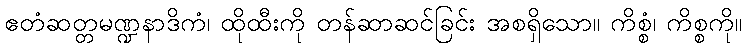
ဧတံဆတ္တမဏ္ဍနာဒိကံ၊ ထိုထီးကို တန်ဆာဆင်ခြင်း အစရှိသော။ ကိစ္စံ၊ ကိစ္စကို။